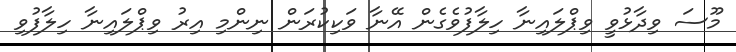
މޫސަ ވިދާޅުވީ ވިޕްލައިނާ ހިލާފުވެގެން އޭނާ ވަކިކުރަން ނިންމި އިރު ވިޕްލައިނާ ހިލާފުވި